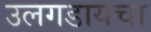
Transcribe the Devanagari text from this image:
उलगडायचा